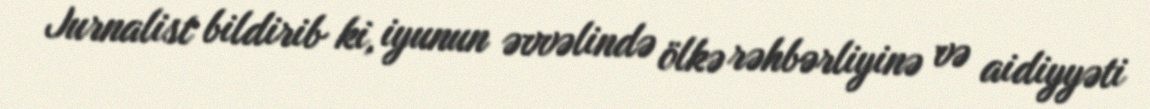
Jurnalist bildirib ki, iyunun əvvəlində ölkə rəhbərliyinə və aidiyyəti